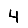
Digit: 4